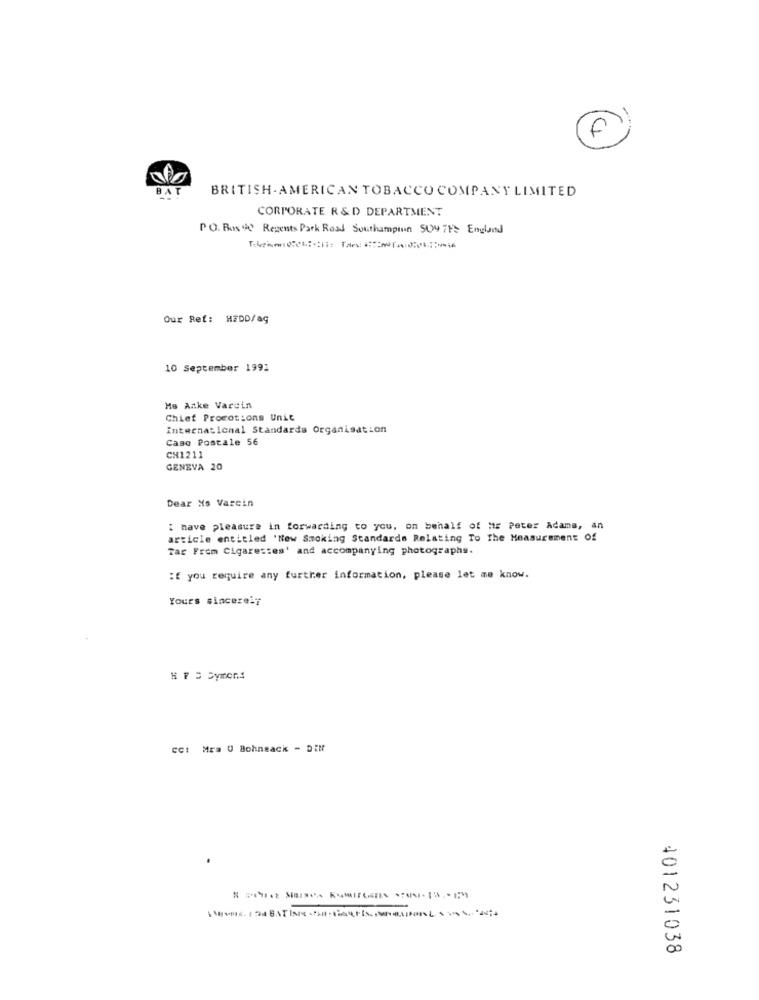
AT
BRITISH. AMERICAN TOBACCO COMPANY LIMITED
CORPORATE R & D DEPARTMENT
P.O. Box 90 Regents Park Road Southampton 500 FFS England
Our Ref: HEDD/ag
10 September 1991
Ho Anke Varein
Chief Promotions Unic
international Standards Organisation
Caso Postale 56
CH1211
GENEVA 20
Dear Xs Varcin
I have pleasure in forwarding to you, on behalf of Mr Peter Adams, an
article entitled 'New Smoking Standards Relating To The Measurement Of
Tar Frem Cigarettes' and accompanying photographs.
: you require any further information, please let me know.
Yours sincerely
cc: Mra U Bohneack - Dill
401231038